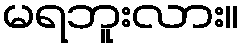
မရဘူးလား။